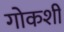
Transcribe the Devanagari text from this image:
गोकशी